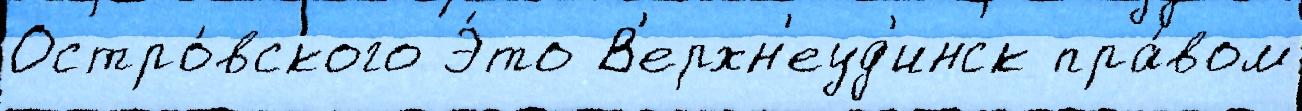
Остро́вского Э́то В'ерхн'еуд'инск пра́вом